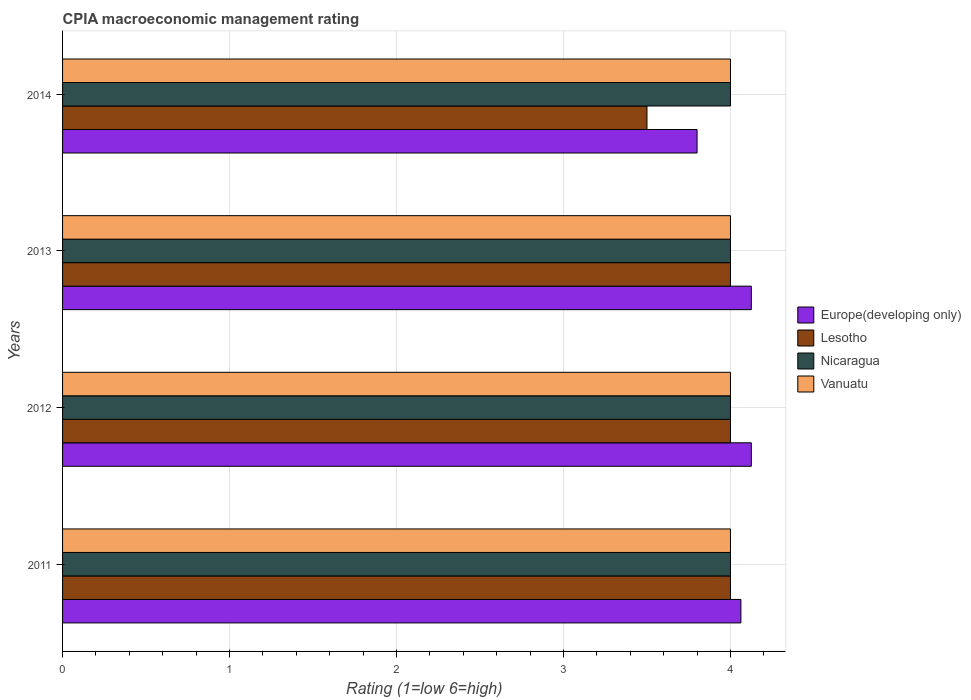
| Years | Europe(developing only) | Lesotho | Nicaragua | Vanuatu |
 | --- | --- | --- | --- | --- |
 | 2011 | 4.06 | 4 | 4 | 4 |
 | 2012 | 4.12 | 4 | 4 | 4 |
 | 2013 | 4.12 | 4 | 4 | 4 |
 | 2014 | 3.8 | 3.5 | 4 | 4 |